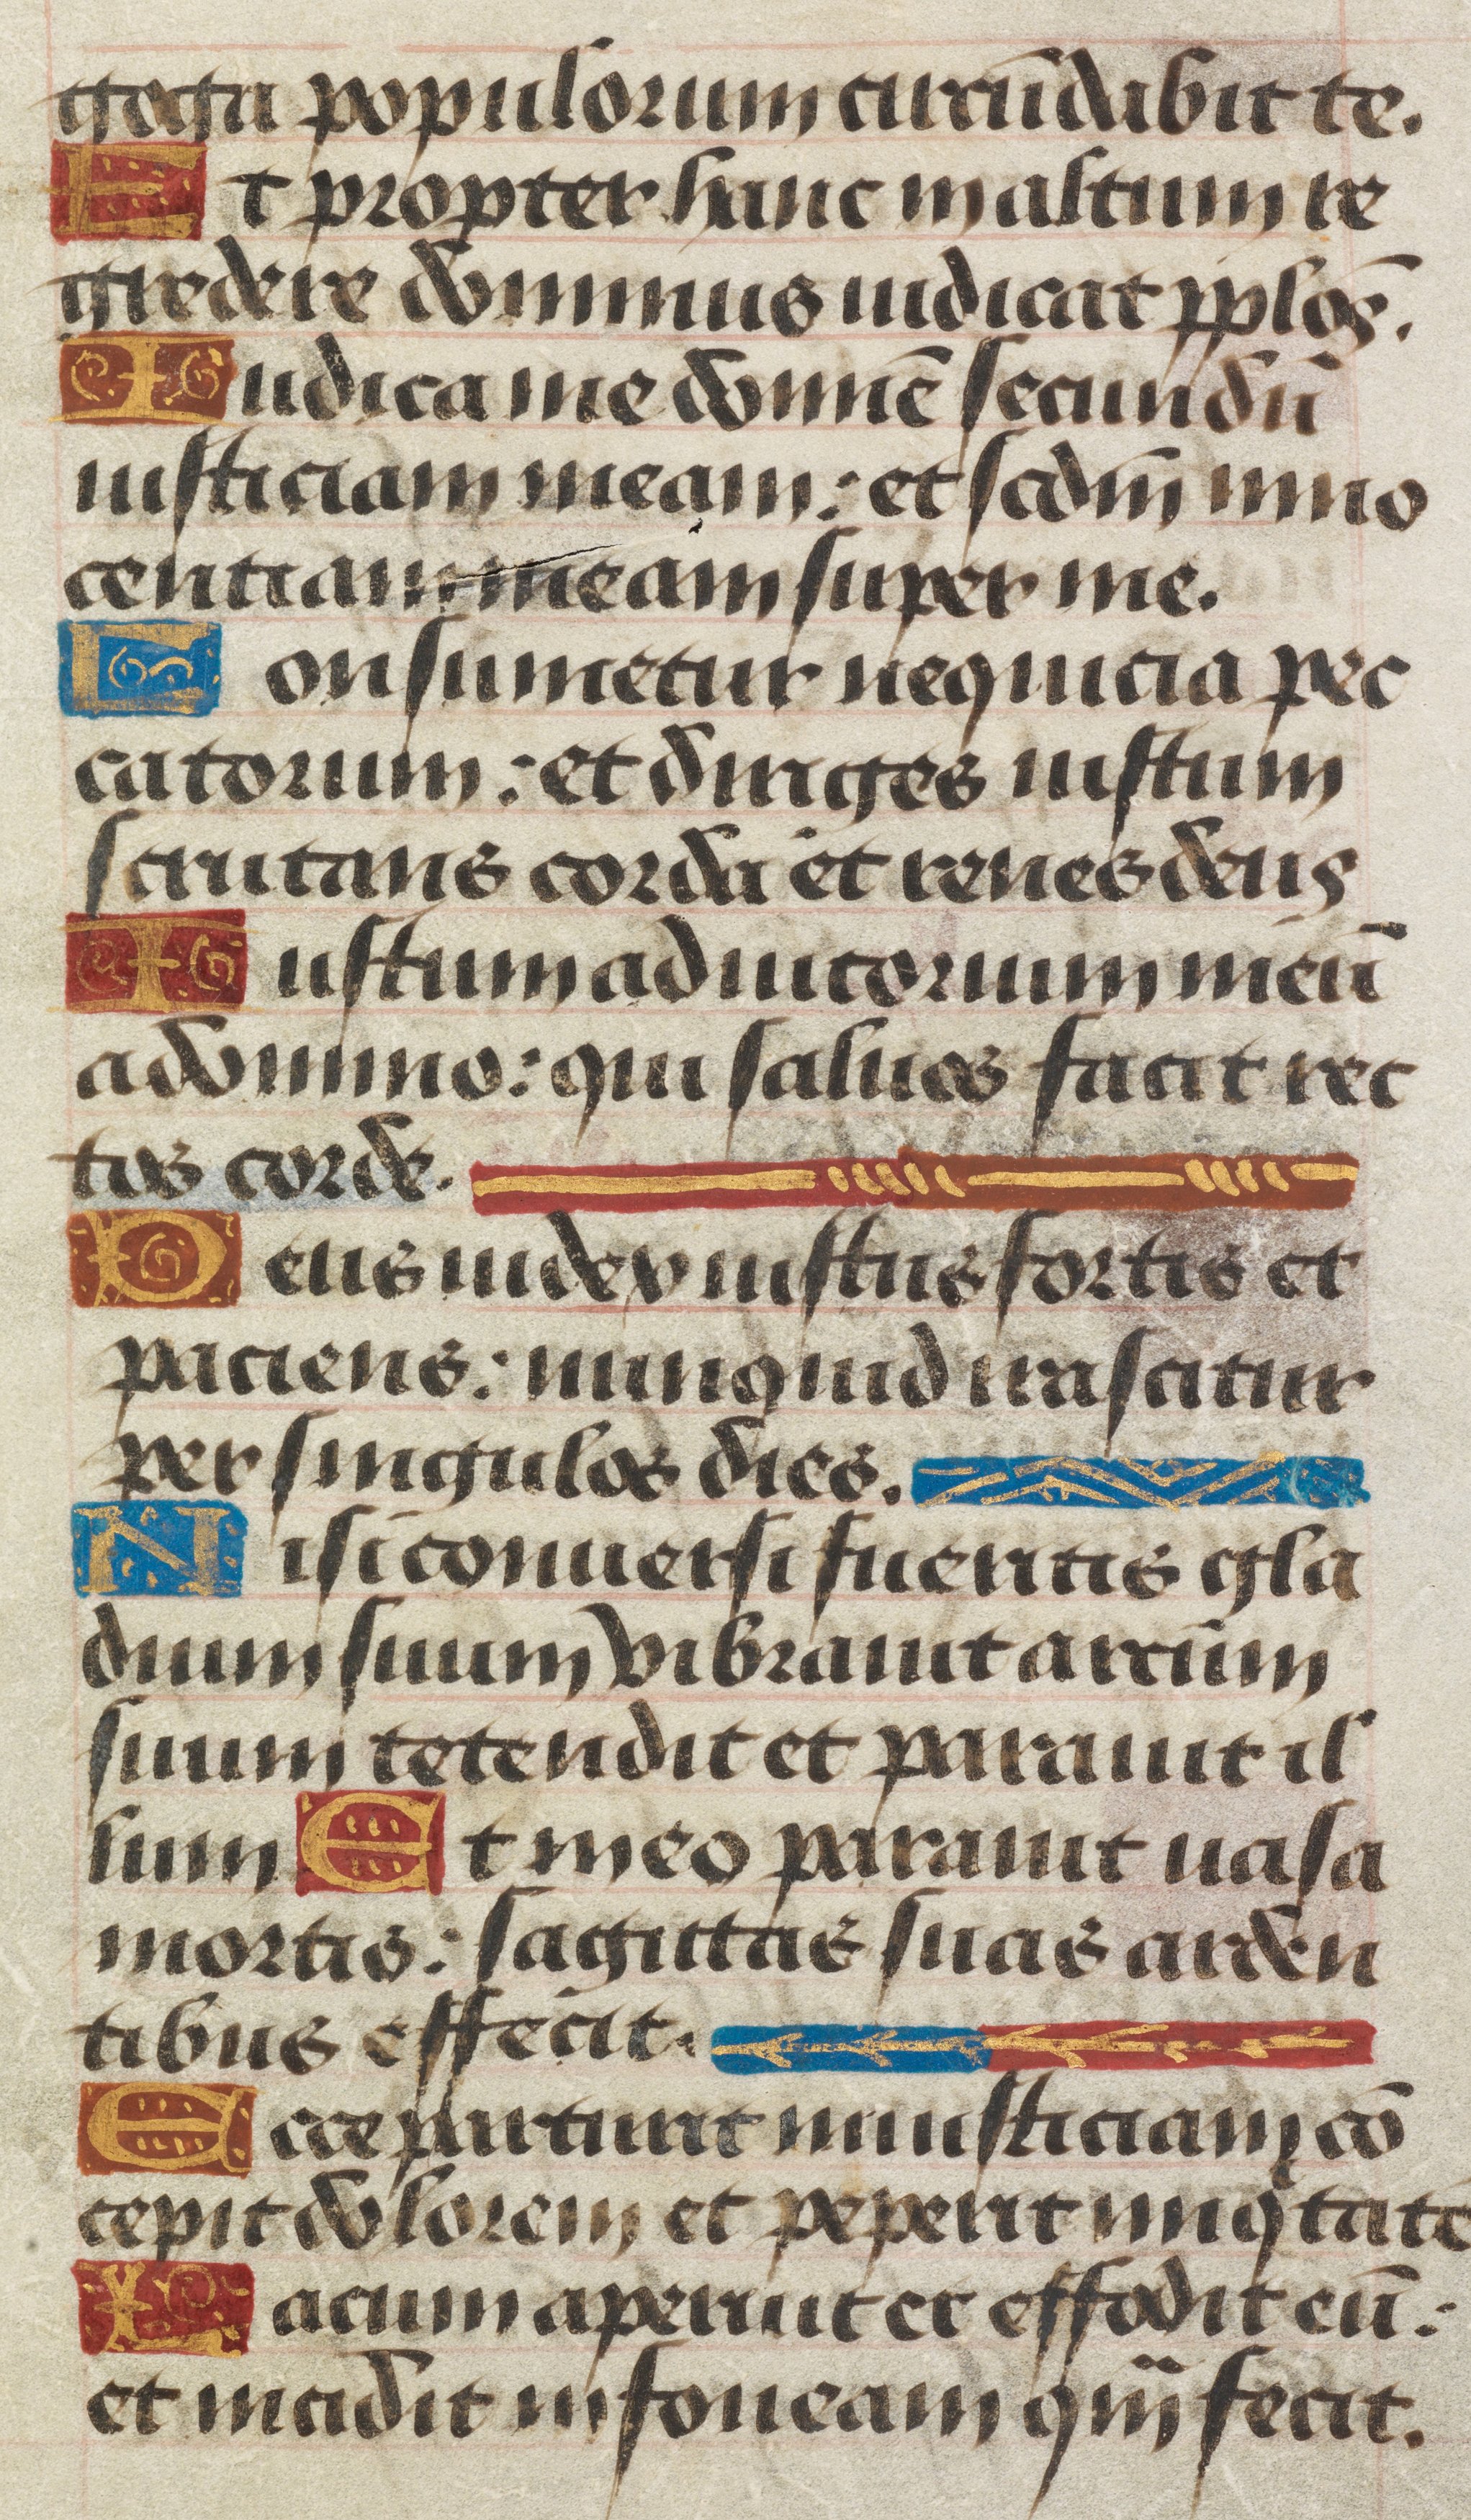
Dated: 1450–1499